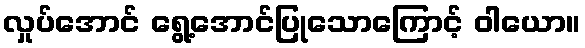
လှုပ်အောင် ရွေ့အောင်ပြုသောကြောင့် ဝါယော။